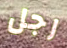
رجل